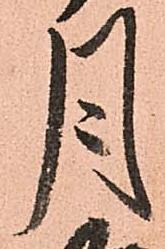
月